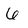
Character: 6